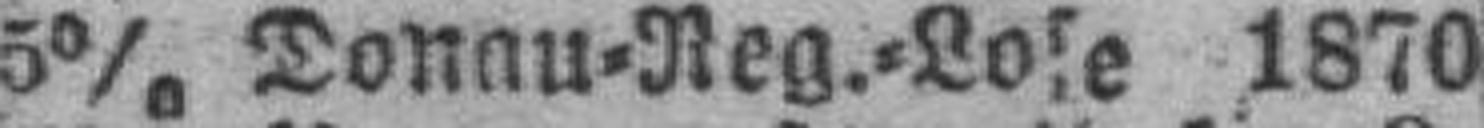
5% Donau=Reg.=Lose 1870